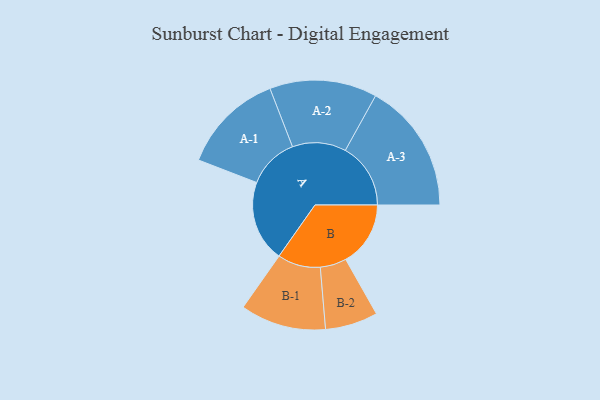
{"axis": {"x": "Segment", "y": "Value"}, "legend": ["", "A", "B"], "data": [{"x": "A", "y": 315, "type": ""}, {"x": "B", "y": 251, "type": ""}, {"x": "A-1", "y": 198, "type": "A"}, {"x": "A-2", "y": 208, "type": "A"}, {"x": "A-3", "y": 253, "type": "A"}, {"x": "B-1", "y": 166, "type": "B"}, {"x": "B-2", "y": 102, "type": "B"}]}